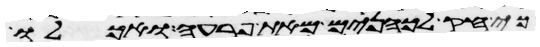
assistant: כי חק לכהנים מאת פרעה ואכלו